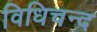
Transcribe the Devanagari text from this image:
विधिचन्द